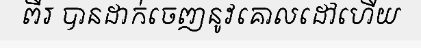
ពីរ បានដាក់ចេញនូវគោលដៅហើយ